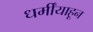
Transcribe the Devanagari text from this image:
धर्मींयाहून